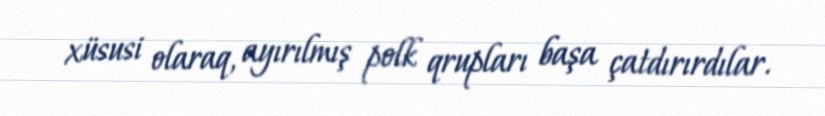
xüsusi olaraq, ayırılmış polk qrupları başa çatdırırdılar.